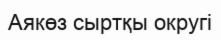
Аякөз сыртқы округі